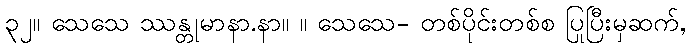
၃၂။ သေသေ ဿန္တုမာနာ.နာ။ ။ သေသေ- တစ်ပိုင်းတစ်စ ပြုပြီးမှဆက်,